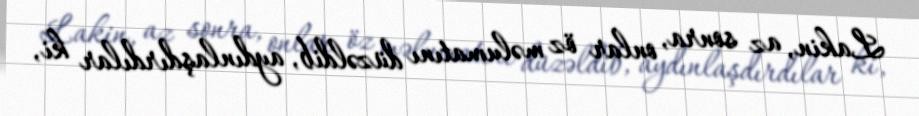
Lakin, az sonra, onlar öz məlumatını düzəldib, aydınlaşdırdılar ki,